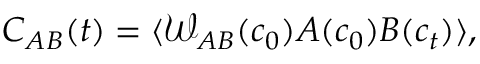
C _ { A B } ( t ) = \langle \mathcal { W } _ { A B } ( c _ { 0 } ) A ( c _ { 0 } ) B ( c _ { t } ) \rangle ,